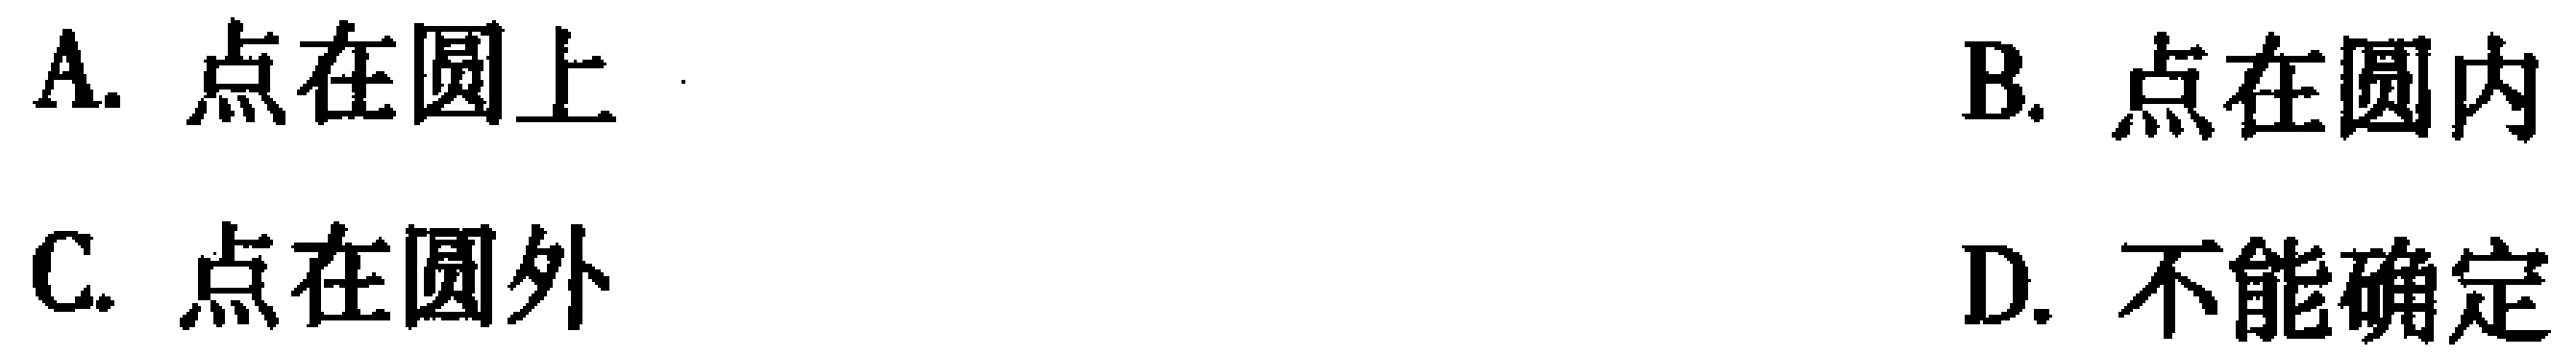
A. 点在圆上
B. 点在圆内
C. 点在圆外
D. 不能确定